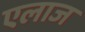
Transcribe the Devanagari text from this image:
एलाज